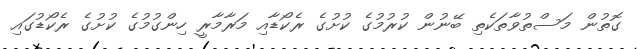
ގޮތުން މަސްތުވާތަކެތި ބޭނުން ކުރުމުގެ ކުށުގެ ރެކޯޑާއި މަރާމާރީ ހިންގުމުގެ ކުށުގެ ރެކޯޑުގައި